Lunatic asylums in Bengal annual reports 1899-1911 - 1899-1911
Year: 1899
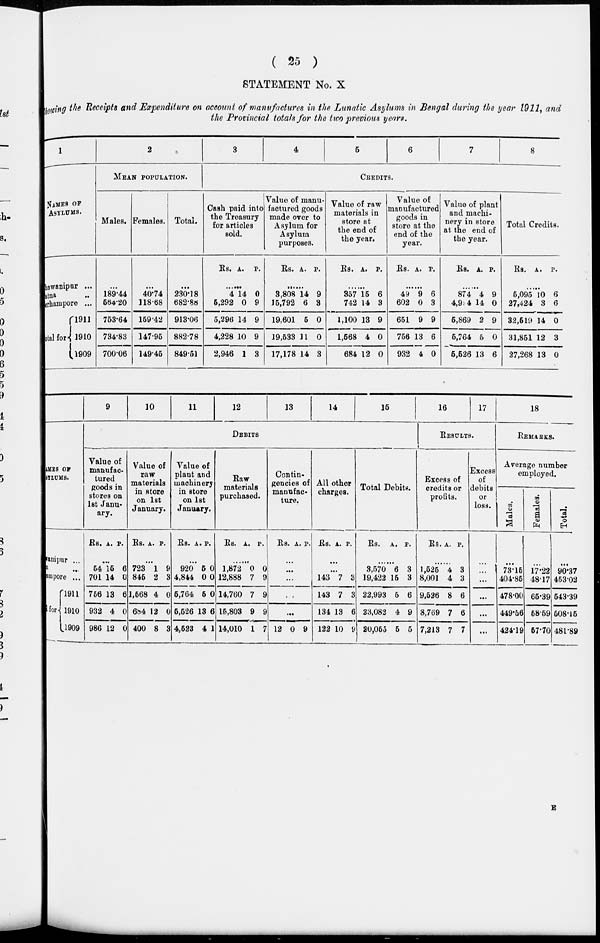
( 25
)
STATEMENT No. X
Showing the Receipts and Expenditure on account of manufactures in the Lunatic Asylums in Bengal during the year 1911, and
the Provincial totals for the two previous years.
1
NAMES OF
ASYLUMS.
Bhawanipur ...
atna
..
Brhampore ...
total for...
1911
1910
1909
2
MEAN POPULATION.
Males.
...
189.44
564.20
753.64
734.83
700.06
Females.
...
40.74
118.68
159 42
147.95
149.45
Total.
...
230.18
682.88
913.06
882.78
849.51
3
4
5
6
7
8
CREDITS.
Cash paid into
the Treasury
for articles
sold.
Rs. A. P.
......
4
5,292
5,296
4,228
2,946
14
0
14
10
1
0
9
9
9
3
Value of manu-
factured goods
made over to
Asylum for
Asylum
purposes.
Rs. A. P.
......
3.808
15,792
19,601
19,533
17,178
14
6
5
11
14
9
3
0
0
3
Value of raw
materials in
store at
the end of
the year.
Rs. A. P.
......
357
742
1,100
1,568
684
15
14
13
4
12
6
3
9
0
0
Value of
manufactured
goods in
store at the
end of the
year.
Rs. A. P.
......
49
602
651
756
932
9
0
9
13
4
6
3
9
6
0
Value of plant
and machi-
nery in store
at the end of
the year.
Rs. A. P.
......
874
4,9 4
5,869
5,764
5,526
4
14
2
5
13
9
0
9
0
6
Total Credits.
Rs. A. P.
......
5,095
27,424
32,519
31,851
27,268
10
3
14
12
13
6
6
0
3
0
NAMES OF
ASYLUMS.
Bhawanipur ...
...
Barhampore ...
for
1911
1910
1909
9
10
11
12
13
14
15
DEBITS.
Value of
manufac-
tured
goods in
stores on
1st Janu-
ary.
Rs. A. P.
...
54
701
756
932
986
15
14
13
4
12
6
0
6
0
0
Value of
raw
materials
in store
on 1st
January.
Rs. A. P.
...
723
845
1,568
684
400
1
2
4
12
8
9
3
0
0
3
Value of
plant and
machinery
in store
on 1st
January.
Rs. A. P.
...
920
4,844
5,764
5,526
4,523
5
0
5
13
4
0
0
0
6
1
Raw
materials
purchased.
Rs. A. P.
......
1,872
12,888
14,760
15,803
14,010
0
7
7
9
1
0
9
9
9
7
Contin-
gencies of
manufac-
ture.
Rs. A. P.
...
...
...
..
...
12 0 9
All other
charges.
Rs. A. P.
...
...
143
143
134
122
7
7
13
10
3
3
6
9
Total Debits.
Rs. A. P.
......
3,570
19,422
22,993
23,082
20,055
6
15
5
4
5
3
3
6
9
5
16
17
RESULTS.
Excess of
credits or
profits.
Rs. A. P.
......
1,525
8,001
9,526
8,769
7,213
4
4
8
7
7
3
3
6
6
7
Excess
of
debits
or
loss.
...
...
...
...
...
...
18
REMARKS.
Average number
employed.
Males.
...
73.15
404.85
478.00
449.56
424.19
Females.
...
17.22
48.17
65.39
58.59
57.70
Total.
...
90.37
453.02
543.39
508.15
481.89
E